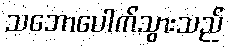
သဘောပေါက်သွားသည်